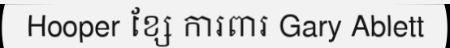
Hooper ខ្សែ ការពារ Gary Ablett